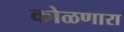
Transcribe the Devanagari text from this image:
कोळणारा